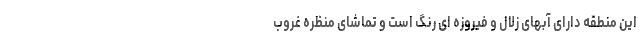
این منطقه دارای آبهای زلال و فیروزه ای رنگ است و تماشای منظره غروب